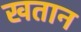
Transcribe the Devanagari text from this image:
खतान